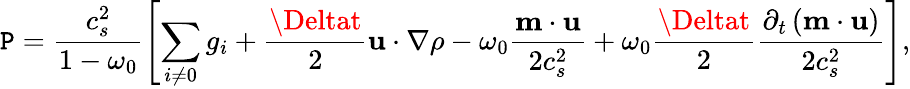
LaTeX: \mathtt{P}=\frac{{c_{s}^{2}}}{{1-\omega_{0}}}\left[\sum_{i\neq0}g_{i}+\frac{{\Deltat}}{{2}}\mathbf{{u}}\cdot\nabla\rho-\omega_{0}\frac{{\mathbf{{m}}\cdot\mathbf{{u}}}}{{2c_{s}^{2}}}+\omega_{0}\frac{{\Deltat}}{{2}}\frac{{\partial_{t}\left(\mathbf{{m}}\cdot\mathbf{{u}}\right)}}{{2c_{s}^{2}}}\right],